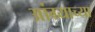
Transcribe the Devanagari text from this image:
आंग्र्याच्या